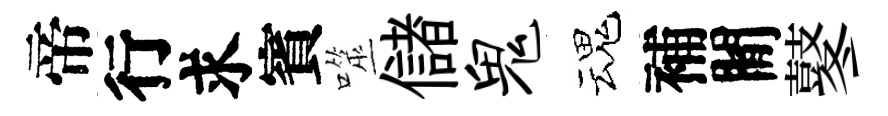
帝行求賓噬儲鬼魂補閒鼕